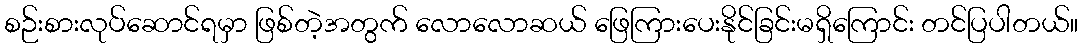
စဉ်းစားလုပ်ဆောင်ရမှာ ဖြစ်တဲ့အတွက် လောလောဆယ် ဖြေကြားပေးနိုင်ခြင်းမရှိကြောင်း တင်ပြပါတယ်။